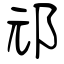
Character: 邧